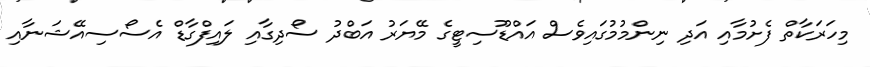
މިހަރަކާތް ފެށުމާއި އަދި ނިންމުމުގައިވެސް އައްޑޫސިޓީގެ މޭޔަރު އަބްދު ސޯދިގާއި ލައިފްގާޑް އެސޯސިއޭޝަނާއި